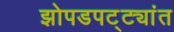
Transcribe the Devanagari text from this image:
झोपडपट्ट्यांत